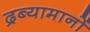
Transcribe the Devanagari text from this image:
द्रब्यामानों